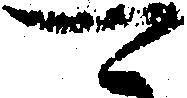
可